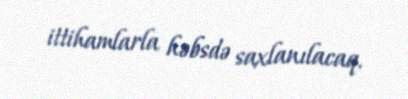
ittihamlarla həbsdə saxlanılacaq.